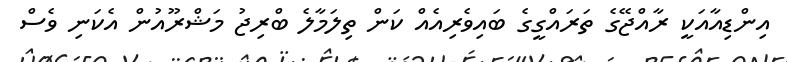
އިންޑިއާއަކީ ރާއްޖޭގެ ތަރައްގީގެ ބައިވެރިއެއް ކަން ތިލަމާލެ ބްރިޖު މަޝްރޫއުން އެކަނި ވެސް